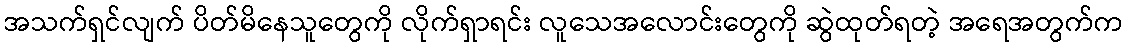
အသက်ရှင်လျက် ပိတ်မိနေသူတွေကို လိုက်ရှာရင်း လူသေအလောင်းတွေကို ဆွဲထုတ်ရတဲ့ အရေအတွက်က